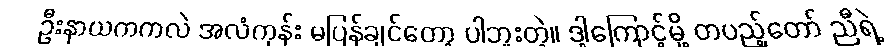
ဦးနာယကကလဲ အလံကုန်း မပြန်ချင်တော့ ပါဘူးတဲ့။ ဒါ့ကြောင့်မို့ တပည့်တော် ညီရဲ့